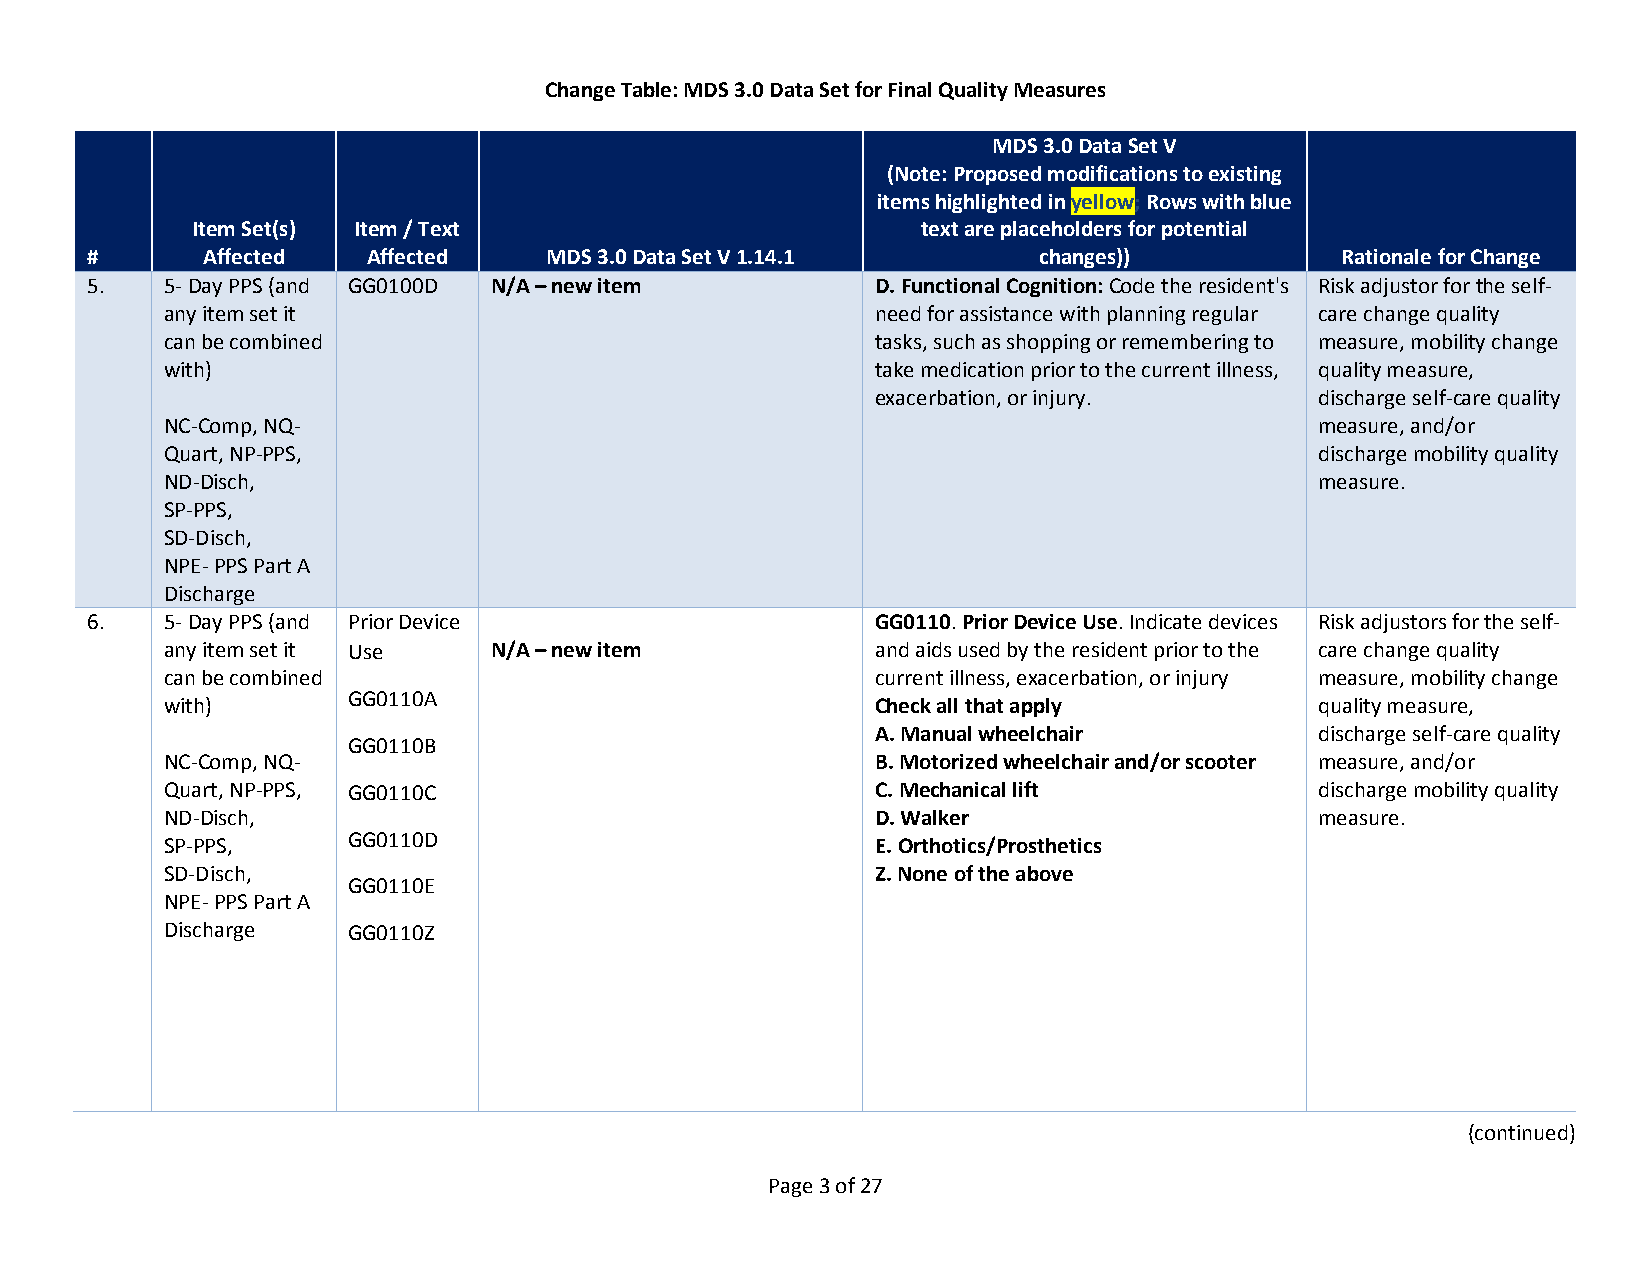
Change Table: MDS 3.0 Data Set for Final Quality Measures
 MDS 3.0 Data Set V
 (Note: Proposed modifications to existing
 items highlighted in yellow; Rows with blue
 Item Set(s) Item / Text                         text are placeholders for potential
 #      Affected   Affected    MDS 3.0 Data Set V 1.14.1        changes))           Rationale for Change
 5.   5- Day PPS (and GG0100D N/A – new item         D. Functional Cognition: Code the resident's Risk adjustor for the self-
 any item set it                                need for assistance with planning regular care change quality
 can be combined                                tasks, such as shopping or remembering to measure, mobility change
 with)                                          take medication prior to the current illness, quality measure,
 exacerbation, or injury.     discharge self-care quality
 NC-Comp, NQ-                                                                measure, and/or
 Quart, NP-PPS,                                                              discharge mobility quality
 ND-Disch,                                                                   measure.
 SP-PPS,
 SD-Disch,
 NPE- PPS Part A
 Discharge
 6.   5- Day PPS (and Prior Device                   GG0110. Prior Device Use. Indicate devices Risk adjustors for the self-
 any item set it Use  N/A – new item            and aids used by the resident prior to the care change quality
 can be combined                                current illness, exacerbation, or injury measure, mobility change
 GG0110A
 with)                                          Check all that apply         quality measure,
 A. Manual wheelchair         discharge self-care quality
 GG0110B
 NC-Comp, NQ-                                   B. Motorized wheelchair and/or scooter measure, and/or
 Quart, NP-PPS, GG0110C                         C. Mechanical lift           discharge mobility quality
 ND-Disch,                                      D. Walker                    measure.
 SP-PPS,     GG0110D                            E. Orthotics/Prosthetics
 SD-Disch,                                      Z. None of the above
 GG0110E
 NPE- PPS Part A
 Discharge   GG0110Z
 (continued)
 Page 3 of 27